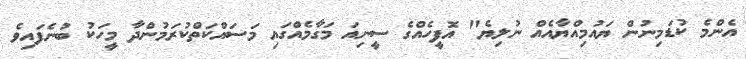
އެންމެ ކުޑަމިނުން ޔައުމިއްޔާއެއް ނުލިޔެ" އޮފީހެއްގެ ސީނިއަ މަގާމެއްގައި މަސައްކަތްކުރަމުންދާ މީހަކު ބުނެފައިވެ